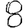
Digit: 8